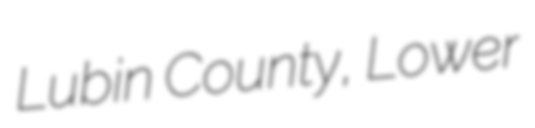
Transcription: Lubin County, Lower